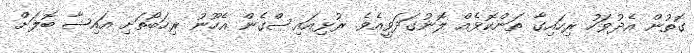
ގޮތުން އެދުވަހު ރިހައިގާ ތަންކޮޅެއް ލޮނުގަދަވީއެވެ. ރުޅިއައިސްގެން އެހޫނު ރިހަބޯތަށި އައިޝާ ބޮލަށް